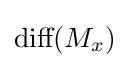
{\mbox{diff}}(M_{x})